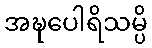
အဍ္ဎပေါရိသမ္ပိ